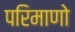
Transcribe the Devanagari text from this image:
परिमाणो